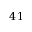
4 1